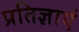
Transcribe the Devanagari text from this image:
प्रतिज्ञाएं